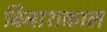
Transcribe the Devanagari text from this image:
विनाशकाल